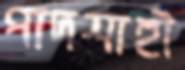
পাদশাহী